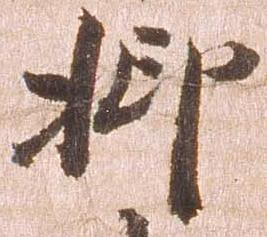
抑